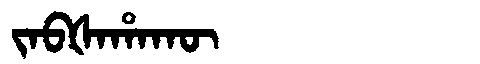
Manchu: ᠵᠠᠪᡧᠠᡥᠠᡴᡡ
Romanization: JABŠAHAKŪ